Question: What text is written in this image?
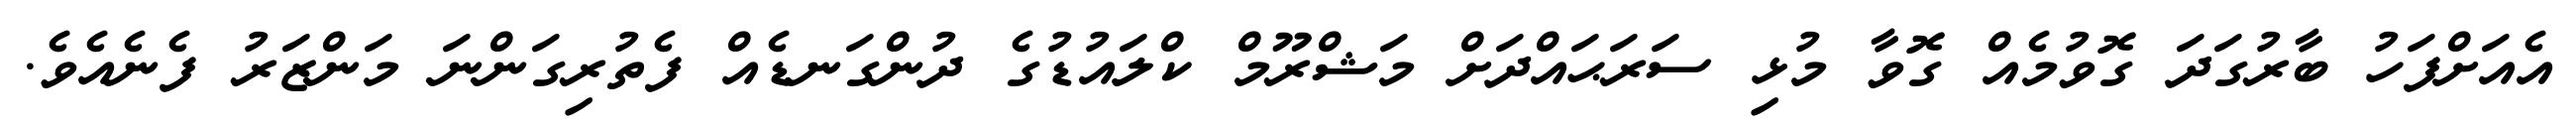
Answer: އެއަށްފަހު ބާރުގަދަ ގޮވުމެއް ގޮވާ މުޅި ސަރަޙައްދަށް މަޝްރޫމް ކްލައުޑުގެ ދުންގަނޑެއް ފެތުރިގަންނަ މަންޒަރު ފެނެއެވެ.